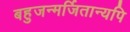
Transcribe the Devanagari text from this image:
बहुजन्मर्जितान्यपि